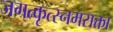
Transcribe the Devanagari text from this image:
जगत्कृत्स्नमसक्ता